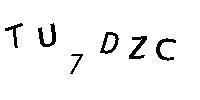
TU7DZC